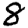
Digit: 8